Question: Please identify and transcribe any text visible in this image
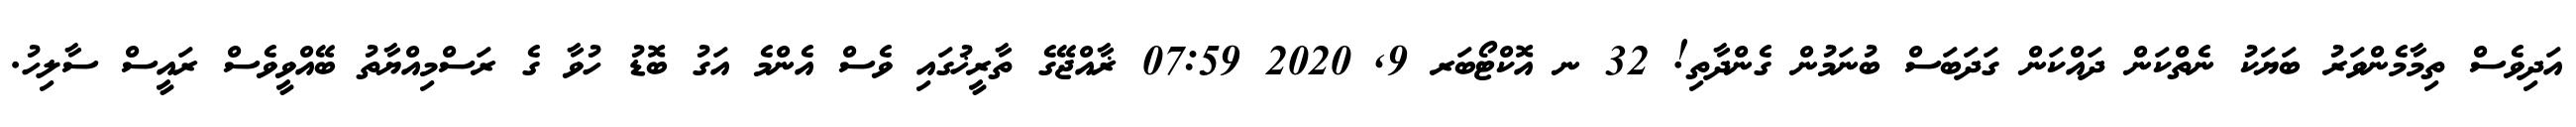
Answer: އަދިވެސް ތިމާމެންވަރު ބަޔަކު ނެތްކަން ދައްކަން ގަދަބަސް ބުނަމުން ގެންދާތި! 32 ނ އޮކްޓޯބަރ 9, 2020 07:59 ޜާއްޖޭގެ ތާރީޚުގައި ވެސް އެންމެ އަގު ބޮޑު ހުވާ ގެ ރަސްމިއްޔާތު ބޭއްވީވެސް ރައީސް ސާލިހު.